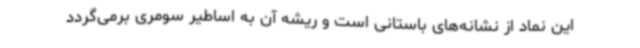
این نماد از نشانه‌های باستانی است و ریشه آن به اساطیر سومری برمی‌گردد